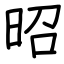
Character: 昭